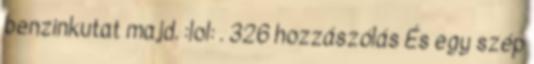
benzinkutat majd. :lol: . 326 hozzászólás És egy szép